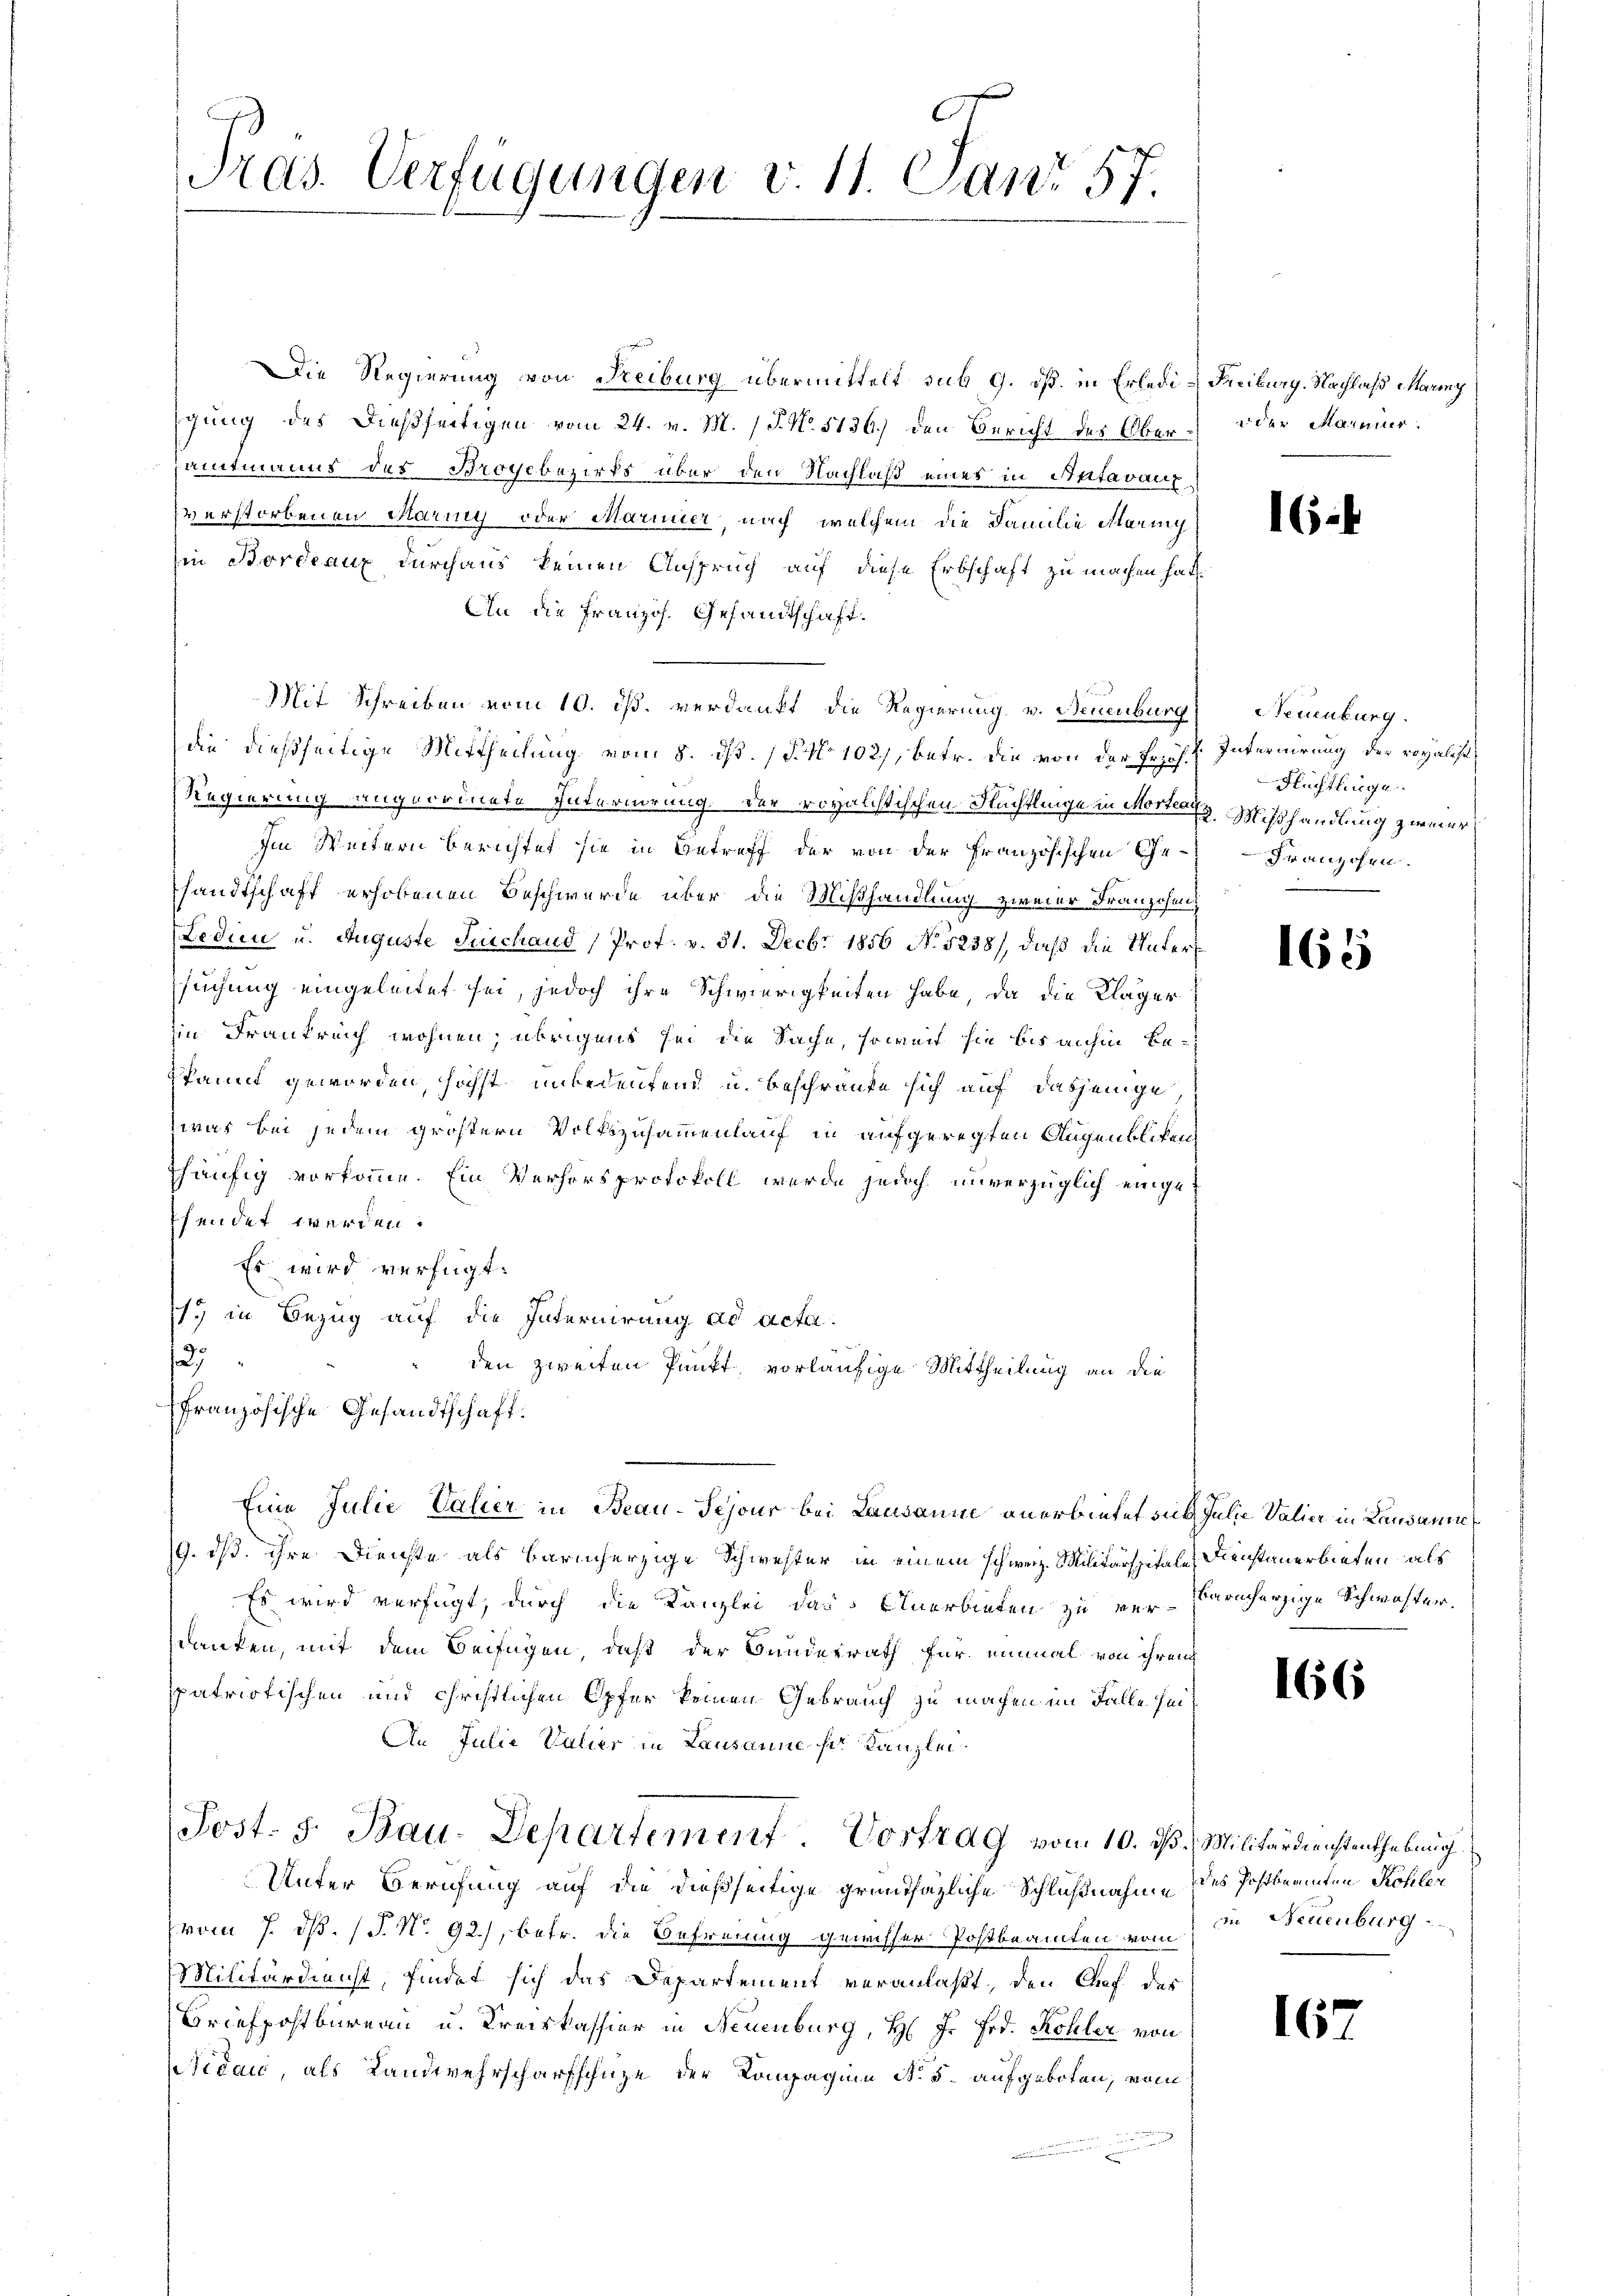
C
Tras. Verfügungen v. 11. Jan. 57.

Die Regierung von Reiburg übermittelt sub 9. dß. in Erledi-Freiburg. Nachlaß Maring
schung des dießseitigen vom 24. v. M. 18. No. 5136) den Bericht des Ober- oder Marnier
amtmanns des Brogebezirks über den Nachlaß eines in Aatavanzverstorbenen Maring oder Marinier, nach welchem die Familie Maring
in Bordeaux durchaus keinen Anspruch auf diese Erbschaft zu machen hat,
An die Französ. Gesandtschaft.
Fund
Mit Schreiben vom 10. ds. verdankt, die Regierung v. Neuenburg
die dießseitige Mittheilung vom 8. ds. P. No 102), betr. die von der Erhöht. Internirung der royalist
Regierung angeordnete Internirung der royalistischen Flüchtlinge in Morten Mißhandlung ziemer¬
Im Weitern berichtet sie in Betreff der von der Französischen Gesandtschaft erhobenen Beschwerde über die Mißhandlung zweier Franzosen
Ledien u. Auguste Juchand (Prof. v. 31. Decbr 1856 No 5238), daß die Unters
suchung eingeleitet sei, jedoch ihre Schwierigkeiten habe, da die Kläger
iin Frankreich wohnen; übrigens sei die Sache, soweit sie bis anhin bespannt geworden, höchst unbedeutend u. beschränke sich auf dasjenige
(was bei jedem größern Volkszusammenlauf in aufgeregten Augenblicken
thäufig vorkomme. Ein Verhörsprotokoll wurde jedoch unverzüglich eingesendet werden.
Es wird verfügt:
.) in Bezug auf die Internirung ad acta
12
den zweiten Punkt, vorläufige Mittheilung an die
französische Gesandtschaft:
Eine Julie Galier in Beau-Sejour bei Lausanne anerbietet sus Julii Valine in Landant
9. ds. ihre Dienste als barmherzige Schwester in einem schweiz. Militärspitale Dienstanerbieten, als
Es wird verfügt, durch die Kanzlei das Einerbieten zu ver-Barmherzige Schwister.
danken, mit dem Beifügen, daß der Bundesrath für einmal von ihren
patriotischen und christlichen Opfer keinen Gebrauch zu machen im Falle sei
An Julie Salier in Lausanne für Kanzlei.
Post- 5. Bau-Departement Vortrag vom 10. ds. Militärderichtenthebruch.
Unter Berufung auf die dießseitige grundsätzliche Schlußnahme des Postbeamten Röhler
(vom 7. ds. (T. No. 92), betr. die Befreiung gewisser Postbeamten vom in Neuenburg.
Militärdienst, findet sich das Departement veranlaßt, den Chef der
Briefpostbureau u. Kreiskassier in Neuenburg, H. Fr. Frd. Kohler von
idaić, als Landwehrscharfschuze der Kongagien No 5. aufgeboten, vom

16.

euenburg.
Flüchtlinge.
Franzosen.

165

166

16.